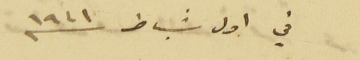
في اول شباط ١٩٤١